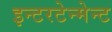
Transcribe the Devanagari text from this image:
इन्टरटेन्मेन्ट